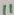
Text: 11